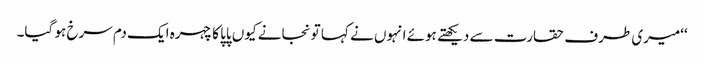
‘‘میری طرف حقارت سے دیکھتے ہوئے انہوں نے کہا تو نجانے کیوں پاپا کا چہرہ ایک دم سرخ ہو گیا۔